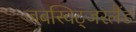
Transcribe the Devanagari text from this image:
जबस्विट्जरलैंड